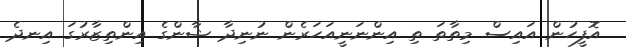
އޮފީހުން އައިސް މިތާތަ ތި އިންނަނީއަހަރެން ނުނިދާ ޝާންގެ އިންތިޒާރުގަ އިނދެ